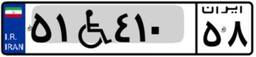
۵۱W۴۱۰۵۸